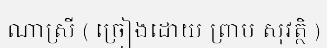
ណាស្រី ( ច្រៀងដោយ ព្រាប សុវត្ថិ )